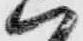
ハ